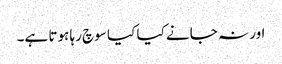
اور نہ جانے کیا کیا سوچ رہا ہوتا ہے۔